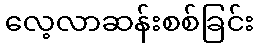
လေ့လာဆန်းစစ်ခြင်း